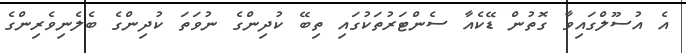
އެ އުސޫލްގައިވާ ގޮތުން ޑޭކެއާ ސެންޓަރުތަކުގައި ތިބޭ ކުދިންގެ ނުވަތަ ކުދިންގެ ބެލެނިވެރިންގެ